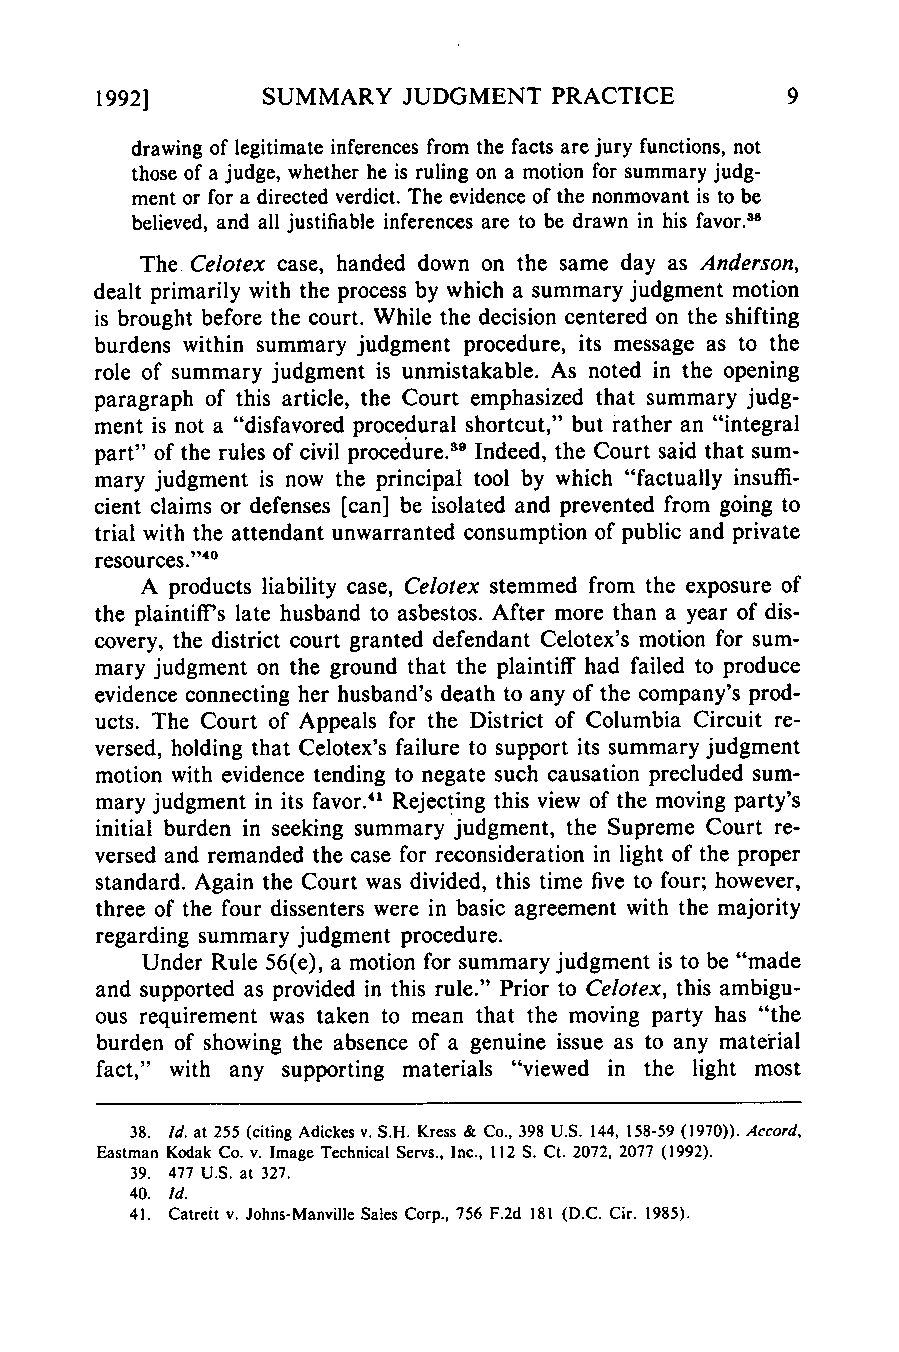
1992]      SUMMARY   JUDGMENT PRACTICE
 drawing of legitimate inferences from the facts are jury functions, not
 those of a judge, whether he is ruling on a motion for summary judg-
 ment or for a directed verdict. The evidence of the nonmovant is to be
 believed, and all justifiable inferences are to be drawn in his favor.38
 The Celotex case, handed down on the same day as Anderson,
 dealt primarily with the process by which a summary judgment motion
 is brought before the court. While the decision centered on the shifting
 burdens within summary judgment procedure, its message as to the
 role of summary judgment is unmistakable. As noted in the opening
 paragraph of this article, the Court emphasized that summary judg-
 ment is not a "disfavored procedural shortcut," but rather an "integral
 part" of the rules of civil procedure. 9 Indeed, the Court said that sum-
 mary judgment is now the principal tool by which "factually insuffi-
 cient claims or defenses [can] be isolated and prevented from going to
 trial with the attendant unwarranted consumption of public and private
 40
 resources."
 A products liability case, Celotex stemmed from the exposure of
 the plaintiff's late husband to asbestos. After more than a year of dis-
 covery, the district court granted defendant Celotex's motion for sum-
 mary judgment on the ground that the plaintiff had failed to produce
 evidence connecting her husband's death to any of the company's prod-
 ucts. The Court of Appeals for the District of Columbia Circuit re-
 versed, holding that Celotex's failure to support its summary judgment
 motion with evidence tending to negate such causation precluded sum-
 mary judgment in its favor.41 Rejecting this view of the moving party's
 initial burden in seeking summary judgment, the Supreme Court re-
 versed and remanded the case for reconsideration in light of the proper
 standard. Again the Court was divided, this time five to four; however,
 three of the four dissenters were in basic agreement with the majority
 regarding summary judgment procedure.
 Under Rule 56(e), a motion for summary judgment is to be "made
 and supported as provided in this rule." Prior to Celotex, this ambigu-
 ous requirement was taken to mean that the moving party has "the
 burden of showing the absence of a genuine issue as to any material
 fact," with any supporting materials "viewed in the light most
 38. Id. at 255 (citing Adickes v. S.H. Kress & Co., 398 U.S. 144, 158-59 (1970)). Accord,
 Eastman Kodak Co. v. Image Technical Servs., Inc., 112 S. Ct. 2072, 2077 (1992).
 39. 477 U.S. at 327.
 40. Id.
 41. Catreit v. Johns-Manville Sales Corp., 756 F.2d 181 (D.C. Cir. 1985).